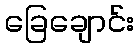
ခြေချောင်း